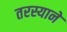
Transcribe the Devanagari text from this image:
तरस्याने